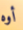
أوه